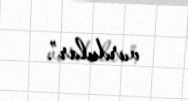
vurdular”.